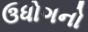
ઉધોગનો